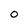
Character: 0